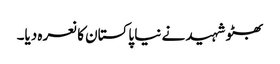
بھٹو شہید نے نیا پاکستان کا نعرہ دیا۔